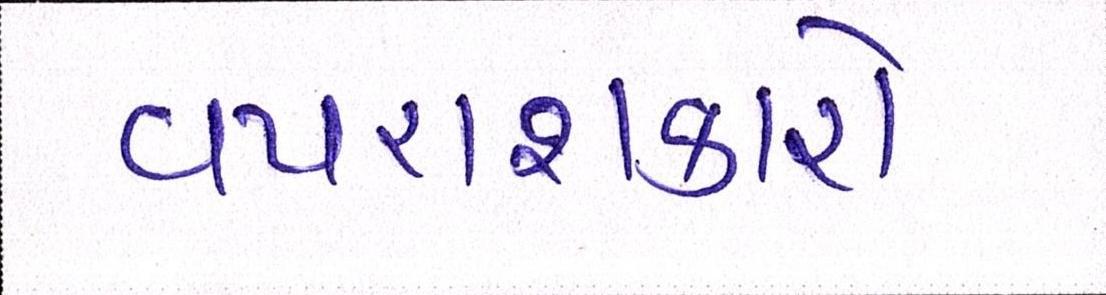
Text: વપરાશકારો